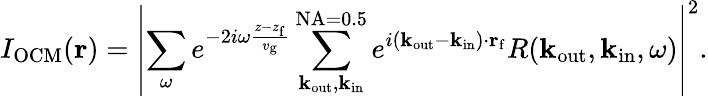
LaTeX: I_{\mathrm{OCM}}({\mathbf r})=\left|\sum_{\omega}e^{-2i\omega\frac{z-z_{\mathrm{f}}}{v_{\mathrm{g}}}}\sum_{\mathbf k_{\mathrm{out}},\mathbf k_{\mathrm{in}}}^{\mathrm{NA=0.5}}e^{i({\mathbf k}_{\mathrm{out}}-{\mathbf k}_{\mathrm{in}})\cdot{\mathbf r}_{\mathrm{f}}}R(\mathbf k_{\mathrm{out}},\mathbf k_{\mathrm{in}},\omega)\right|^{2}.